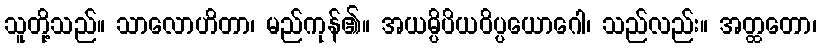
သူတို့သည်။ သာလောဟိတာ၊ မည်ကုန်၏။ အယမ္ပိပိယဝိပ္ပယောဂေါ၊ သည်လည်း။ အတ္ထတော၊